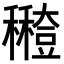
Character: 𥣸